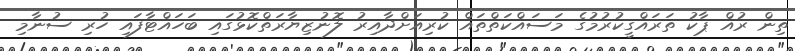
ތިން ރުއް ޕާކު ތަރައްގީކުރުމުގެ މަސައްކަތްތައް ކުރިއަށްދާއިރު ލޮނުޒިޔާރަތްކޮޅުގައި ބަހައްޓާފައި ހުރި ސުނާމި